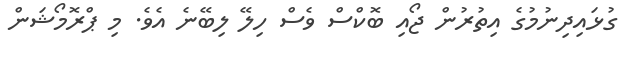
ގުޅައިދިނުމުގެ އިތުރުން ޖޯއި ބޮކްސް ވެސް ހިލޭ ލިބޭނެ އެވެ. މި ޕްރޮމޯޝަން